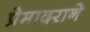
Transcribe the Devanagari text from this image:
प्रेमादराने